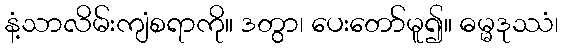
နံ့သာလိမ်းကျံစရာကို။ ဒတွာ၊ ပေးတော်မူ၍။ ဓမ္မဒုဿံ၊